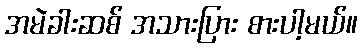
အမဲခါးဆစ် အသားပြား စားပါ့မယ်။